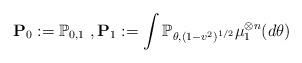
LaTeX: \begin{align*} \mathbf{P}_0:= \mathbb{P}_{0,1} \ , \mathbf{P}_1:= \int \mathbb{P}_{\theta,(1-v^2)^{1/2}} \mu_1^{\otimes n}(d\theta)\end{align*}